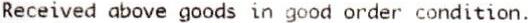
RECEIVED ABOVE GOODS IN GOOD ORDER CONDITION.